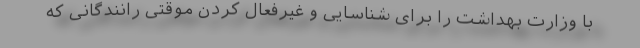
با وزارت بهداشت را برای شناسایی و غیرفعال کردن موقتی رانندگانی که